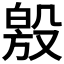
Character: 𣪧